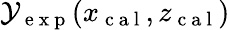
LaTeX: \mathcal{Y}_{\mathrm{{~e~x~p~}}}(x_{\mathrm{{~c~a~l~}}},z_{\mathrm{{~c~a~l~}}})